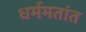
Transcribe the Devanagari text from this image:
धर्ममतांत